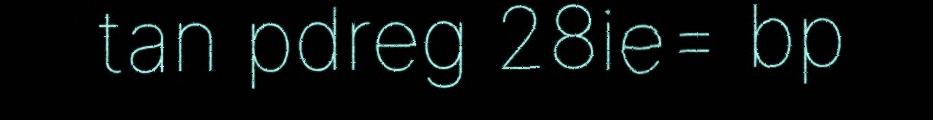
tan pdreg 28ie= bp